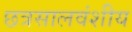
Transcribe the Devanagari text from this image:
छत्रसालवंशीय